Report of the Indian Hemp Drugs Commission, 1894-1895 - Volume IV
Year: 1894
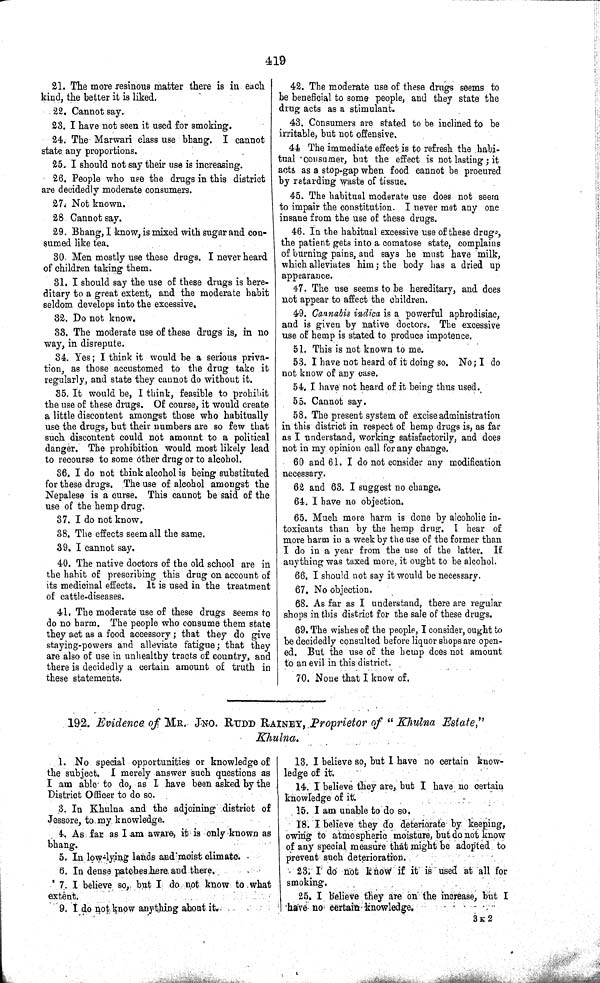
419
21. The more resinous matter there is in each
kind, the better it is liked.
22. Cannot say.
23. I have not seen it used for smoking.
24. The Marwari class use bhang. I cannot
state any proportions.
25. I should not say their use is increasing.
26. People who use the drugs in this district
are decidedly moderate consumers.
27. Not known.
28 Cannot say.
29. Bhang, I know, is mixed with sugar and con-
sumed like tea.
30. Men mostly use these drugs. I never heard
of children taking them.
31. I should say the use of these drugs is here-
ditary to a great extent, and the moderate habit
seldom develops into the excessive.
32. Do not know.
33. The moderate use of these drugs is, in no
way, in disrepute.
34. Yes; I think it would be a serious priva-
tion, as those accustomed to the drug take it
regularly, and state they cannot do without it.
35. It would be, I think, feasible to prohibit
the use of these drugs. Of course, it would create
a little discontent amongst those who habitually
use the drugs, but their numbers are so few that
such discontent could not amount to a political
danger. The prohibition would most likely lead
to recourse to some other drug or to alcohol.
36. I do not think alcohol is being substituted
for these drugs. The use of alcohol amongst the
Nepalese is a curse. This cannot be said of the
use of the hemp drug.
37. I do not know.
38. The effects seem all the same.
39. I cannot say.
40. The native doctors of the old school are in
the habit of prescribing this drug on account of
its medicinal effects. It is used in the treatment
of cattle-diseases.
41. The moderate use of these drugs seems to
do no harm. The people who consume them state
they act as a food accessory; that they do give
staying-powers and alleviate fatigue; that they
are also of use in unhealthy tracts of country, and
there is decidedly a certain amount of truth in
these statements.
42. The moderate use of these drugs seems to
be beneficial to some people, and they state the
drug acts as a stimulant.
43. Consumers are stated to be inclined to be
irritable, but not offensive.
44 The immediate effect is to refresh the habi-
tual consumer, but the effect is not lasting; it
acts as a stop-gap when food cannot be procured
by retarding waste of tissue.
45. The habitual moderate use does not seem
to impair the constitution. I never met any one
insane from the use of these drugs.
46. In the habitual excessive use of these drugs,
the patient gets into a comatose state, complains
of burning pains, and says he must have milk,
which alleviates him; the body has a dried up
appearance.
47. The use seems to be hereditary, and does
not appear to affect the children.
49. Cannabis indica is a powerful aphrodisiac,
and is given by native doctors. The excessive
use of hemp is stated to produce impotence.
51. This is not known to me.
53. I have not heard of it doing so. No; I do
not know of any case.
54. I have not heard of it being thus used.
55. Cannot say.
58. The present system of excise administration
in this district in respect of hemp drugs is, as far
as I understand, working satisfactorily, and does
not in my opinion call for any change.
60 and 61. I do not consider any modification
necessary.
62 and 63. I suggest no change.
64. I have no objection.
65. Much more harm is done by alcoholic in-
toxicants than by the hemp drug. I hear of
more harm in a week by the use of the former than
I do in a year from the use of the latter. If
anything was taxed more, it ought to be alcohol.
66. I should not say it would be necessary.
67. No objection.
68. As far as I understand, there are regular
shops in this district for the sale of these drugs.
69. The wishes of the people, I consider, ought to
be decidedly consulted before liquor shops are open-
ed. But the use of the hemp does not amount
to an evil in this district.
70. None that I know of.
192. Evidence, of MR. JNO. RUDD RAINEY, Proprietor of "Khulna Estate,"
Khulna.
1. No special opportunities or knowledge of
the subject. I merely answer such questions as
I am able to do, as I have been asked by the
District Officer to do so.
3. In Khulna and the adjoining district of
Jessore, to my knowledge.
4. As far as I am aware, it is only known as
bhang.
5. In low-lying lands and moist climate.
6. In dense patches here and there.
7. I believe so, but I do not know to what
extent.
9. I do not know anything about it.
13. I believe so, but I have no certain know-
ledge of it.
14. I believe they are, but I have no certain
knowledge of it.
15. I am unable to do so.
18. I believe they do deteriorate by keeping,
owing to atmospheric moisture, but do not know
of any special measure that might be adopted to
prevent such deterioration.
23. I do not know if it is used at all for
smoking.
25. I believe they are on the increase, but I
have no certain knowledge.
3 K 2